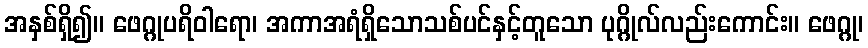
အနှစ်ရှိ၍။ ဖေဂ္ဂုပရိဝါရော၊ အကာအရံရှိသောသစ်ပင်နှင့်တူသော ပုဂ္ဂိုလ်လည်းကောင်း။ ဖေဂ္ဂု၊